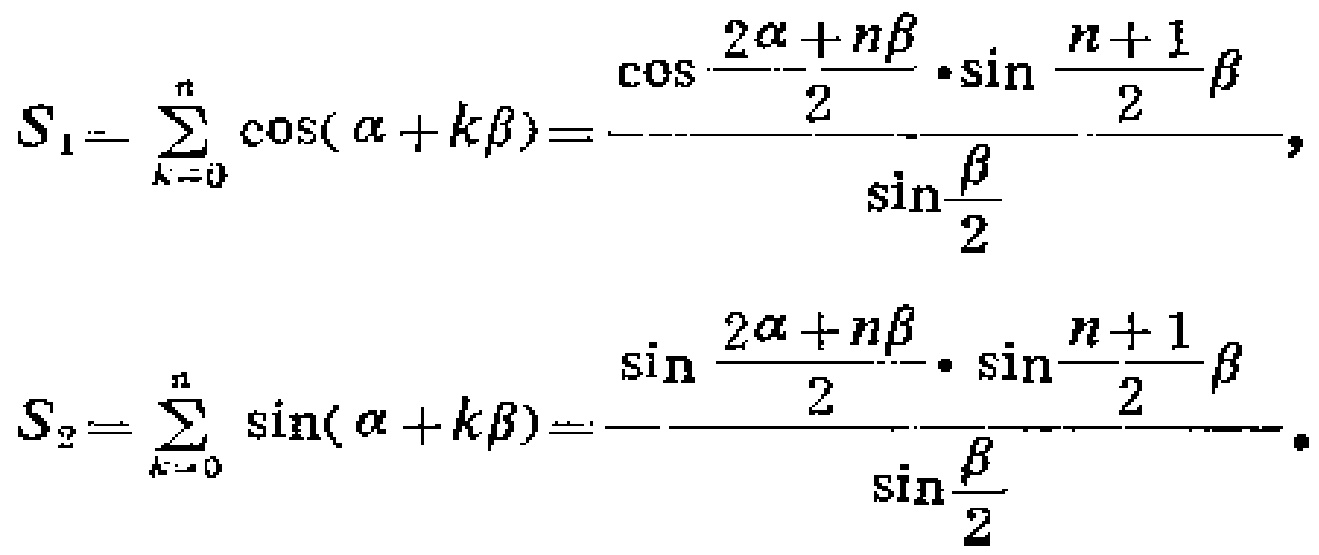
\[
S_1 = \sum_{k = 0}^{n} \cos(\alpha + k\beta)=\frac{\cos\frac{2\alpha + n\beta}{2} \cdot \sin\frac{n + 1}{2}\beta}{\sin\frac{\beta}{2}},
\]
\[
S_2 = \sum_{k = 0}^{n} \sin(\alpha + k\beta)=\frac{\sin\frac{2\alpha + n\beta}{2} \cdot \sin\frac{n + 1}{2}\beta}{\sin\frac{\beta}{2}}.
\]